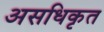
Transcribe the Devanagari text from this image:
असधिकृत